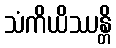
သံကိယိဿန္တိ